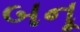
બનૂ